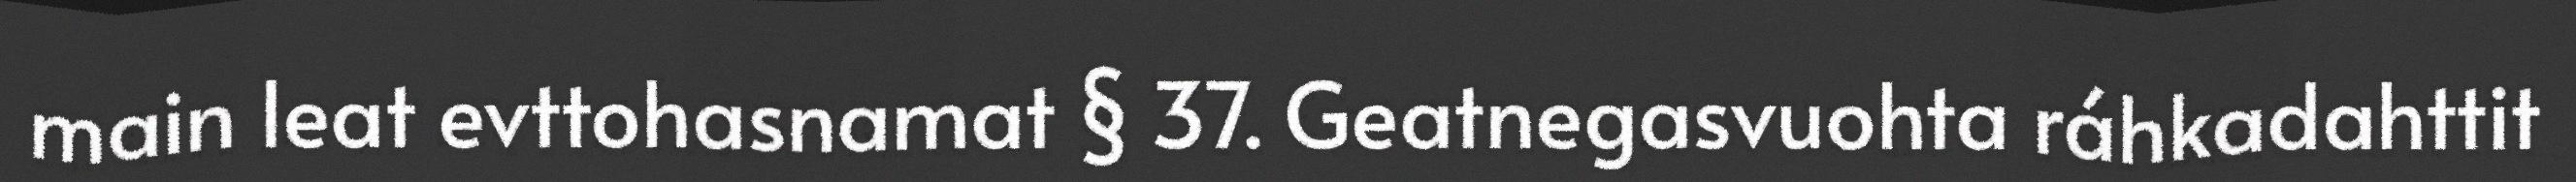
main leat evttohasnamat § 37. Geatnegasvuohta ráhkadahttit